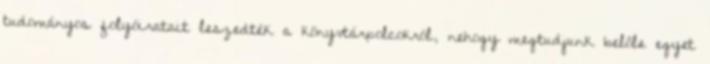
tudományos folyóiratait leszedték a könyvtárpolcokról, nehogy megtudjunk belőle egyet